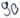
Text: 90